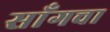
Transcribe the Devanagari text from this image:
साँगचा